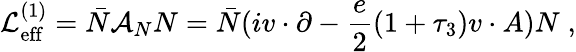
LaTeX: {\cal L}_{\mathrm{eff}}^{(1)}=\bar{N}{\cal A}_{N}N=\bar{N}(iv\cdot\partial-{\frac{e}{2}}(1+\tau_{3})v\cdot A)N\; ,